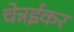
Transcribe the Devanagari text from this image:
चेन्नईकर